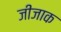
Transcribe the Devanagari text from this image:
जीजाक